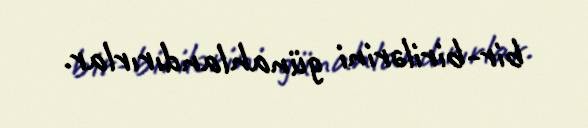
bir-birilərini günahlandırırlar.